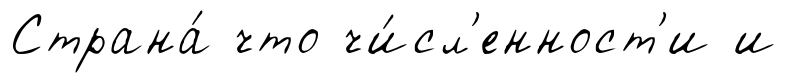
Страна́ что чи́сл'енност'и и